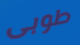
طوبى